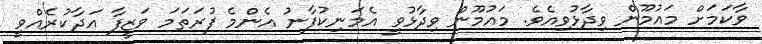
ވާކަމަށް މައުމޫން ވިދާޅުވިއެވެ. މައުމޫން ވިދާޅުވީ އެމަނިކުފާނު އެންމެ ފުރަތަމަ ވަޒީފާ އަދާކުރެއްވީ